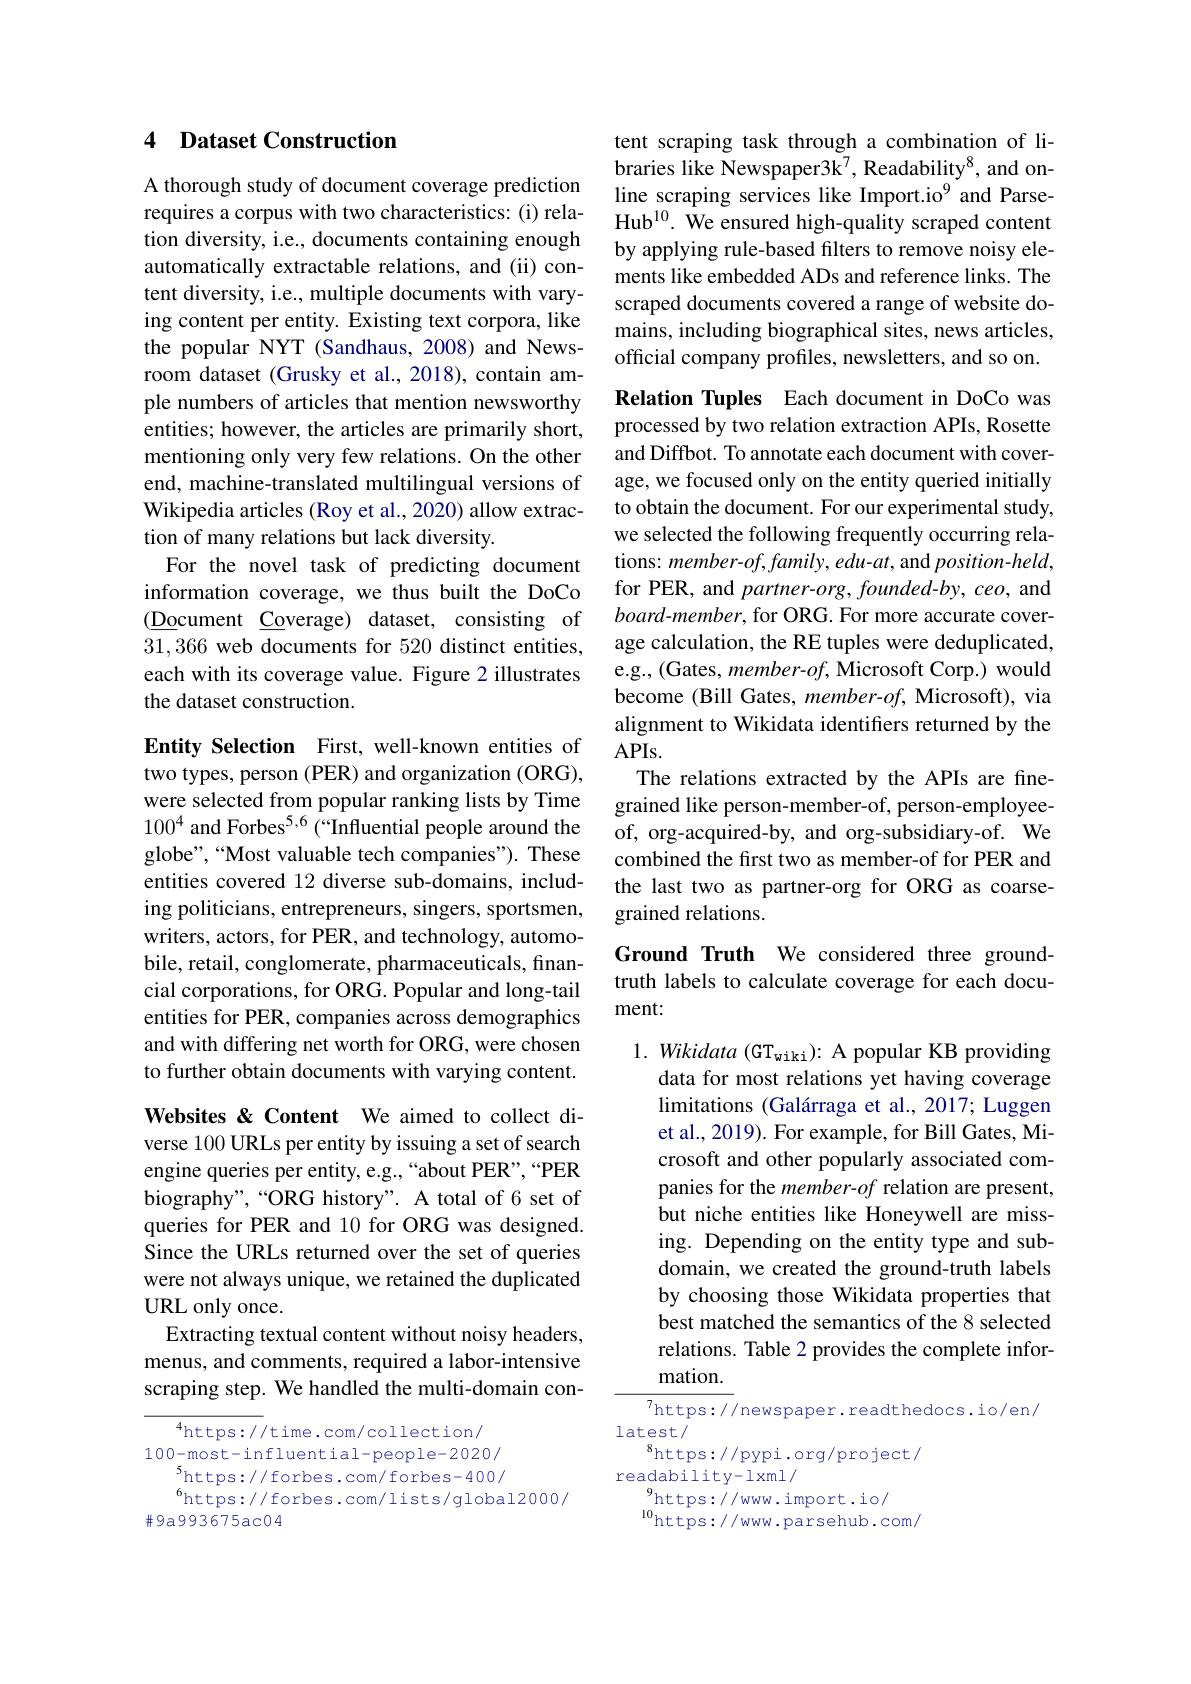
## 4 Dataset Construction

A thorough study of document coverage prediction requires a corpus with two characteristics: (i) relation diversity, i.e., documents containing enough automatically extractable relations, and (ii) content diversity, i.e., multiple documents with varying content per entity. Existing text corpora, like the popular NYT (Sandhaus, 2008) and Newsroom dataset (Grusky et al., 2018), contain ample numbers of articles that mention newsworthy entities; however, the articles are primarily short, mentioning only very few relations. On the other end, machine-translated multilingual versions of Wikipedia articles (Roy et al., 2020) allow extraction of many relations but lack diversity.
For the novel task of predicting document information coverage, we thus built the DoCo (Document Coverage) dataset, consisting of 31,366 web documents for 520 distinct entities, each with its coverage value. Figure 2 illustrates the dataset construction.

Entity Selection First, well-known entities of two types, person (PER) and organization (ORG), were selected from popular ranking lists by Time $100^{4}$ and Forbes$^5,6$ (“Influential people around the globe",“Most valuable tech companies”). These entities covered 12 diverse sub-domains, including politicians, entrepreneurs, singers, sportsmen, writers, actors, for PER, and technology, automobile, retail, conglomerate, pharmaceuticals, financial corporations, for ORG. Popular and long-tail entities for PER, companies across demographics and with differing net worth for ORG, were chosen to further obtain documents with varying content.

Websites& < Content We aimed to collect diverse 100 URLs per entity by issuing a set of search engine queries per entity, e.g.,“about PER”,“PER biography",“ORG history”. A total of 6 set of queries for PER and 10 for ORG was designed. Since the URLs returned over the set of queries were not always unique, we retained the duplicated URL only once.
Extracting textual content without noisy headers, menus, and comments, required a labor-intensive scraping step. We handled the multi-domain con-

$^{4}$https://time.com/collection/ 100-most-influential-people-2020/
$^{5}$https://forbes.com/forbes-400/
$^{6}$https://forbes.com/lists/global2000/
#9a993675ac04

tent scraping task through a combination of libraries like Newspaper3k$^{7}$,Readability$^{8}$, and online scraping services like Import.io$^{9}$ and ParseHub$^{10}.$ We ensured high-quality scraped content by applying rule-based filters to remove noisy elements like embedded ADs and reference links. The scraped documents covered a range of website domains, including biographical sites, news articles, official company profiles, newsletters, and so on.

Relation Tuples Each document in DoCo was processed by two relation extraction APIs, Rosette and Diffbot. To annotate each document with coverage, we focused only on the entity queried initially to obtain the document. For our experimental study, we selected the following frequently occurring relations: member-of,family, edu-at, and position-held, for PER, and partner-org, founded-by, ceo, and board-member, for ORG. For more accurate coverage calculation, the RE tuples were deduplicated, e.g., (Gates, member-of, Microsoft Corp.) would become (Bill Gates, member-of, Microsoft), via alignment to Wikidata identifiers returned by the APIs.
The relations extracted by the APIs are finegrained like person-member-of, person-employeeof, org-acquired-by, and org-subsidiary-of. We combined the first two as member-of for PER and the last two as partner-org for ORG as coarsegrained relations.

Ground Truth We considered three groundtruth labels to calculate coverage for each document:

$1.\textit{ Wikidata (GT}_{\mathrm{wiki}}){:}$ A popular KB providing
data for most relations yet having coverage limitations (Galárraga et al., 2017; Luggen et al., 2019). For example, for Bill Gates, Microsoft and other popularly associated companies for the member-$of$ relation are present, but niche entities like Honeywell are missing. Depending on the entity type and subdomain, we created the ground-truth labels by choosing those Wikidata properties that best matched the semantics of the 8 selected relations. Table 2 provides the complete information.

${\overline{^{7}\mathrm{https://}}}$newspaper.readthedocs.io/en/
latest/
$^{8}$https://pypi.org/project/
readability-lxml/
$^{9}$https://www.import.io/
$^{10}$https: / / www. parsehub. com/